Plague in India, 1896, 1897 - Volume 3
Year: 1896
Disease focus: Plague
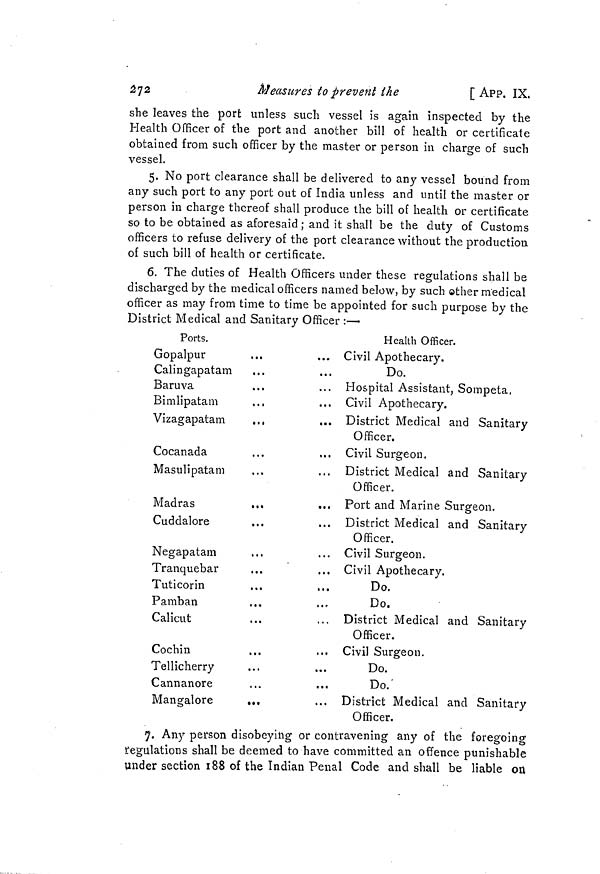
272
Measures to prevent the
[ APP. IX,
she leaves the port unless such vessel is again inspected by the
Health Officer of the port and another bill of health or certificate
obtained from such officer by the master or person in charge of such
vessel.
5. No port clearance shall be delivered to any vessel bound from
any such port to any port out of India unless and until the master or
person in charge thereof shall produce the bill of health or certificate
so to be obtained as aforesaid ; and it shall be the duty of Customs
officers to refuse delivery of the port clearance without the production
of such bill of health or certificate.
6. The duties of Health Officers under these regulations shall be
discharged by the medical officers named below, by such ether medical
officer as may from time to time be appointed for such purpose by the
District Medical and Sanitary Officer :—•
Ports.
Gopalpur
Calingapatam
Bar u va
Binilipatam
Vizagapatam
...
Cocanada
Masulipatam
Madras
...
Cuddalore
Negapatam
Tranquebar
Tuticorin
Pamban
Calicut
Cochin
Tellicherry
Cannanore
Mangalore
Health Officer.
... Civil Apothecary.
Do.
Hospital Assistant, Sompeta.
Civil Apothecary.
... District Medical and Sanitary
Officer.
Civil Surgeon.
... District Medical and Sanitary
Officer.
... Port and Marine Surgeon.
District Medical and Sanitary
Officer.
... Civil Surgeon.
... Civil Apothecary.
Do.
Do.
District Medical and Sanitary
Officer.
,., Civil Surgeon.
Do.
Do.
District Medical and Sanitary
Officer.
7. Any person disobeying or contravening any of the foregoing
regulations shall be deemed to have committed an offence punishable
under section 188 of the Indian Penal Code and shall be liable on